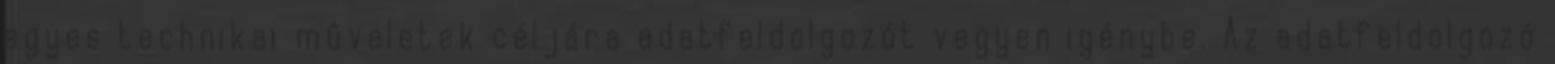
egyes technikai műveletek céljára adatfeldolgozót vegyen igénybe. Az adatfeldolgozó